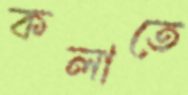
কলাতে